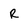
Character: r